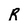
Character: R